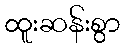
ထူးဆန်းစွာ